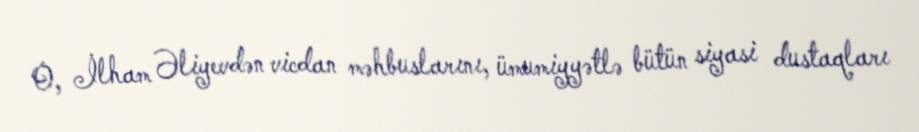
O, İlham Əliyevdən vicdan məhbuslarını, ümumiyyətlə bütün siyasi dustaqları